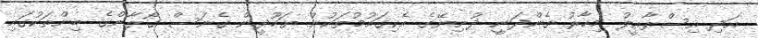
އަދި އިސްރާއީލު މިހާރު ގެންދަނީ ދުނިޔޭގެ އެކިގައުމުތަކުން ޔަހޫދީން ގެނަސް ގޯލާންގެ ބިންތަކުގައި